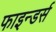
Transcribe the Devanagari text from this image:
फाइन्डर्स